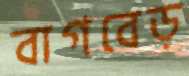
বাগবেড়